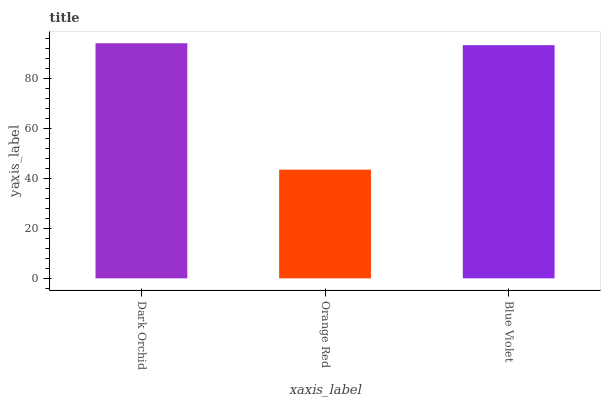
| xaxis_label | bars |
 | --- | --- |
 | Dark Orchid | 94 |
 | Orange Red | 43.5 |
 | Blue Violet | 93.2 |